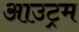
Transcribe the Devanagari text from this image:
आउट्रम